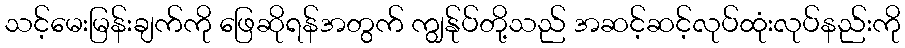
သင့်မေးမြန်းချက်ကို ဖြေဆိုရန်အတွက် ကျွန်ုပ်တို့သည် အဆင့်ဆင့်လုပ်ထုံးလုပ်နည်းကို